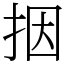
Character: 㧢